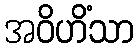
အဝိဟိံသာ